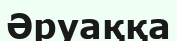
Әруаққа